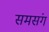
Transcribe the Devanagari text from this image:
समसंग